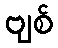
ဗျစ်